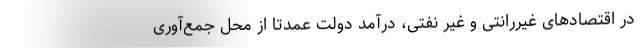
در اقتصادهای غیررانتی و غیر نفتی، درآمد دولت عمدتاً از محل جمع‌آوری